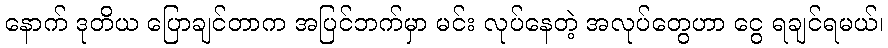
နောက် ဒုတိယ ပြောချင်တာက အပြင်ဘက်မှာ မင်း လုပ်နေတဲ့ အလုပ်တွေဟာ ငွေ ရချင်ရမယ်၊